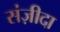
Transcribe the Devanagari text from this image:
संज़ीदा